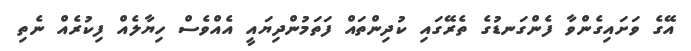
އޭގެ ވަށައިގެންވާ ފެންގަނޑުގެ ތެރޭގައި ކުދިންތައް ފަތަމުންދިޔައީ އެއްވެސް ހިޔާލެއް ފިކުރެއް ނެތި